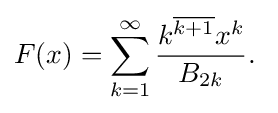
F(x)=\sum _{k=1}^{\infty }{\frac {k^{\overline {k+1}}x^{k}}{B_{2k}}}.\